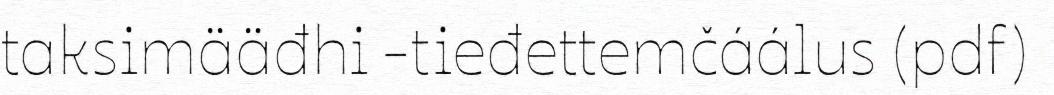
taksimääđhi -tieđettemčáálus (pdf)